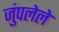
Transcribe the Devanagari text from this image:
जुंपलेले